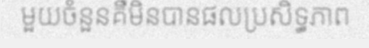
មួយចំនួនគឺមិនបានផលប្រសិទ្ធភាព